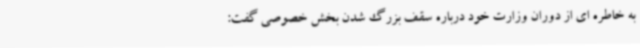
به خاطره ای از دوران وزارت خود درباره سقف بزرگ شدن بخش خصوصی گفت: